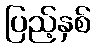
ပြည့်နှစ်